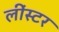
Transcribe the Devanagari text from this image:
लींस्टर